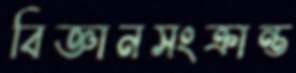
বিজ্ঞানসংক্রান্ত